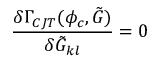
\frac { \delta \Gamma _ { C J T } ( \phi _ { c } , \tilde { G } ) } { \delta \tilde { G } _ { k l } } = 0